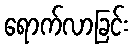
ရောက်လာခြင်း